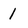
Character: 1